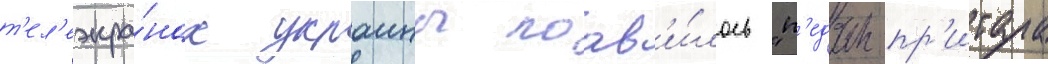
т'ел'еэкра́нах украины поав'и́лось "п'едан-пр'итула